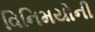
વિનિમયોની